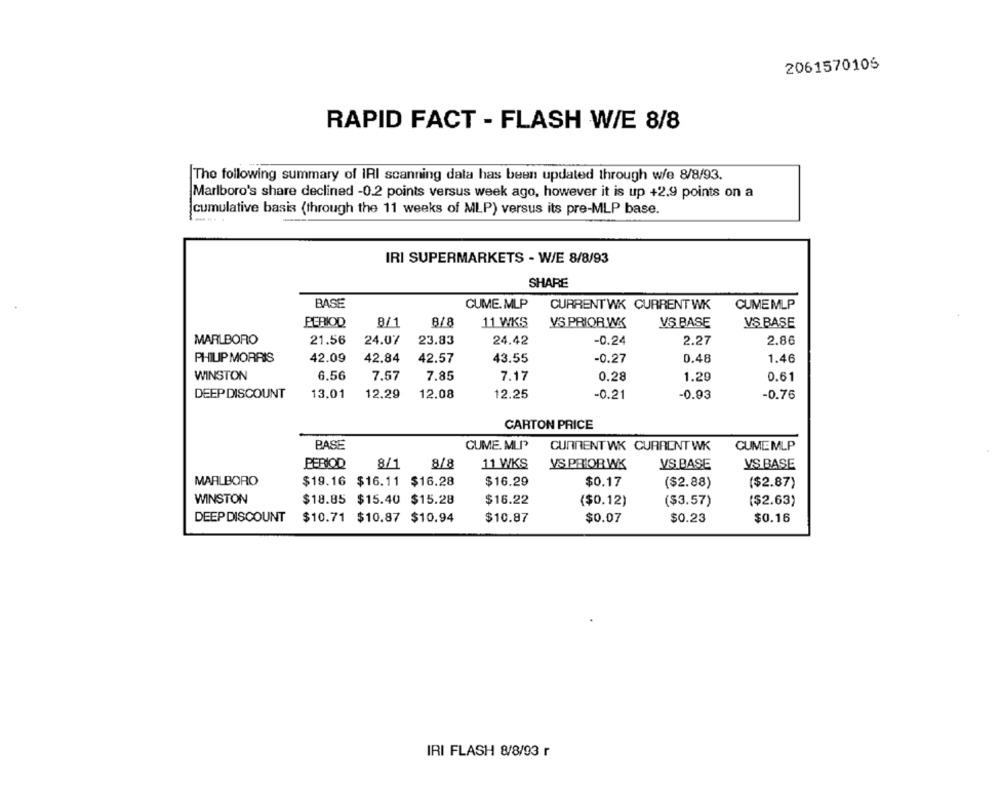
2061570106
RAPID FACT - FLASH W/E 8/8
The following summary of IRI scanning data has been updated through w/e 8/8/93.
Marlboro's share declined -0.2 points versus week ago, however it is up +2.9 points on a
cumulative basis (through the 11 weeks of MLP) versus its pre-MLP base.
IRI SUPERMARKETS - W/E 8/8/93
SHARE
BASE
CUME. MLP
CURRENTWK CURRENTWK
CUMEMLP
PERIOD
8/1
8/8
11 WKS
VS PRIOR WK
VS BASE
VS BASE
MARLBORO
21.56
24.07
23.83
24.42
-0.24
2.27
2.86
PHILIP MORRIS
42.09
42.84
42.57
43.55
-0.27
0.48
1.46
WINSTON
6,56
7.57
7.85
7.17
0.28
1.20
0.61
DEEP DISCOUNT
13.01
12.29
12.08
12.25
-0.21
-0.93
-0.76
CARTON PRICE
BASE
CUME. MLP
CURRENTWK CURRENTWK
CUMEMLP
PERIOD
8/1
8/8
11 WKS
VS PRIOR WK
VS.BASE
VS BASE
MARLBORO
$19.16 $16.11 $16.28
$16.29
$0.17
($2.88)
($2.87)
WINSTON
$18.85 $15.40 $15.28
$16.22
($0.12)
($3.57)
($2.63)
DEEP DISCOUNT
$10.71 $10.87 $10.94
$10.87
$0.07
$0.23
$0.16
IRI FLASH 8/8/93 r